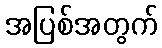
အပြစ်အတွက်